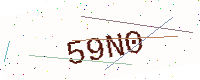
Text: 59N0